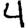
Digit: 4